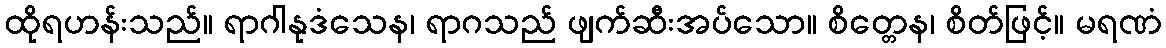
ထိုရဟန်းသည်။ ရာဂါနုဒံသေန၊ ရာဂသည် ဖျက်ဆီးအပ်သော။ စိတ္တေန၊ စိတ်ဖြင့်။ မရဏံ